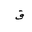
Letter: _qaf